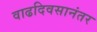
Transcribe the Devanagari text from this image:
वाढदिवसानंतर